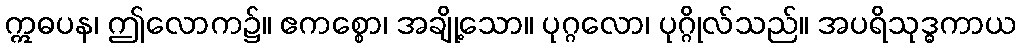
ဣဓပန၊ ဤလောက၌။ ဧကစ္စော၊ အချို့သော။ ပုဂ္ဂလော၊ ပုဂ္ဂိုလ်သည်။ အပရိသုဒ္ဓကာယ